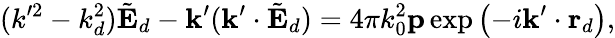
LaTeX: (k^{\prime 2}-k_{d}^{2})\tilde{\mathbf{E}}_{d}-\mathbf{k}^{\prime}(\mathbf{k}^{\prime}\cdot\tilde{\mathbf{E}}_{d})=4\pi k_{0}^{2}\mathbf{p}\exp\left(-i\mathbf{k}^{\prime}\cdot\mathbf{r}_{d}\right),